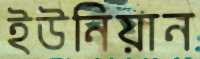
ইউনিয়ান